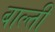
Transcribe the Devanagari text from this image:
बाल्ती